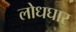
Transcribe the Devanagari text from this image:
लोधघार